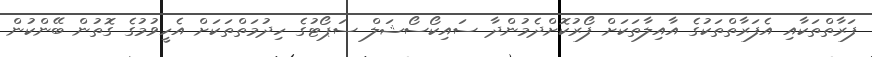
ފަރާތްތަކާއި އެފަރާތްތަކުގެ އާއިލާތަކަށް ފޯރުކޮށްދެމުންދާ ސައިކޯސޯޝަލް ސަޕޯޓުގެ ހިދުމަތްތަކަށް އެހީވުމުގެ ގޮތުން ބޭންކުން